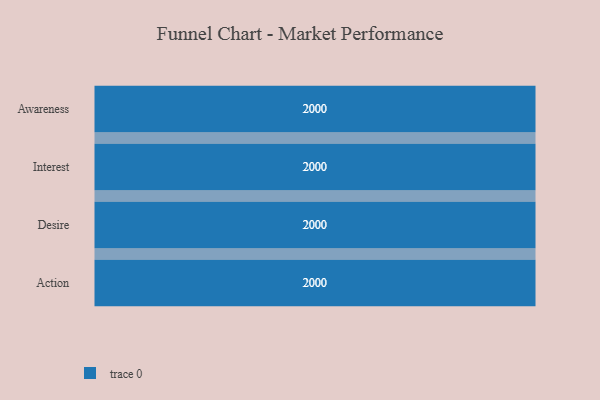
{"axis": {"x": "Stage", "y": "Value"}, "legend": [""], "data": [{"x": "Awareness", "y": 2000, "type": ""}, {"x": "Interest", "y": 2000, "type": ""}, {"x": "Desire", "y": 2000, "type": ""}, {"x": "Action", "y": 2000, "type": ""}]}